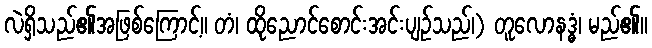
လဲရှိသည်၏အဖြစ်ကြောင့်။ တံ၊ ထိုညောင်စောင်းအင်းပျဉ်သည်၊) တူလောနဒ္ဓံ၊ မည်၏။